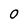
Character: O